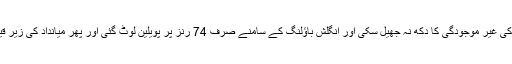
گزشتہ دو میچوں میں بہتر بیٹنگ فارم کا مظاہرہ کرنے والی ٹیم کپتان عمران کی غیر موجودگی کا دکھ نہ جھیل سکی اور انگلش باؤلنگ کے سامنے صرف 74 رنز پر پویلین لوٹ گئی اور پھر میانداد کی زیر قیادت ایک اور میچ میں عبرتناک شکست پاکستان کی منتظر دکھائی دینے لگی۔